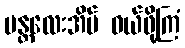
မန္တလေးအိမ် ဝယ်ဖို့ကြံ